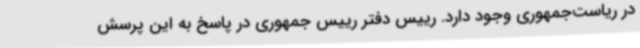
در ریاست‌جمهوری وجود دارد. رییس‌ دفتر رییس جمهوری در پاسخ به این پرسش